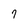
Character: 9